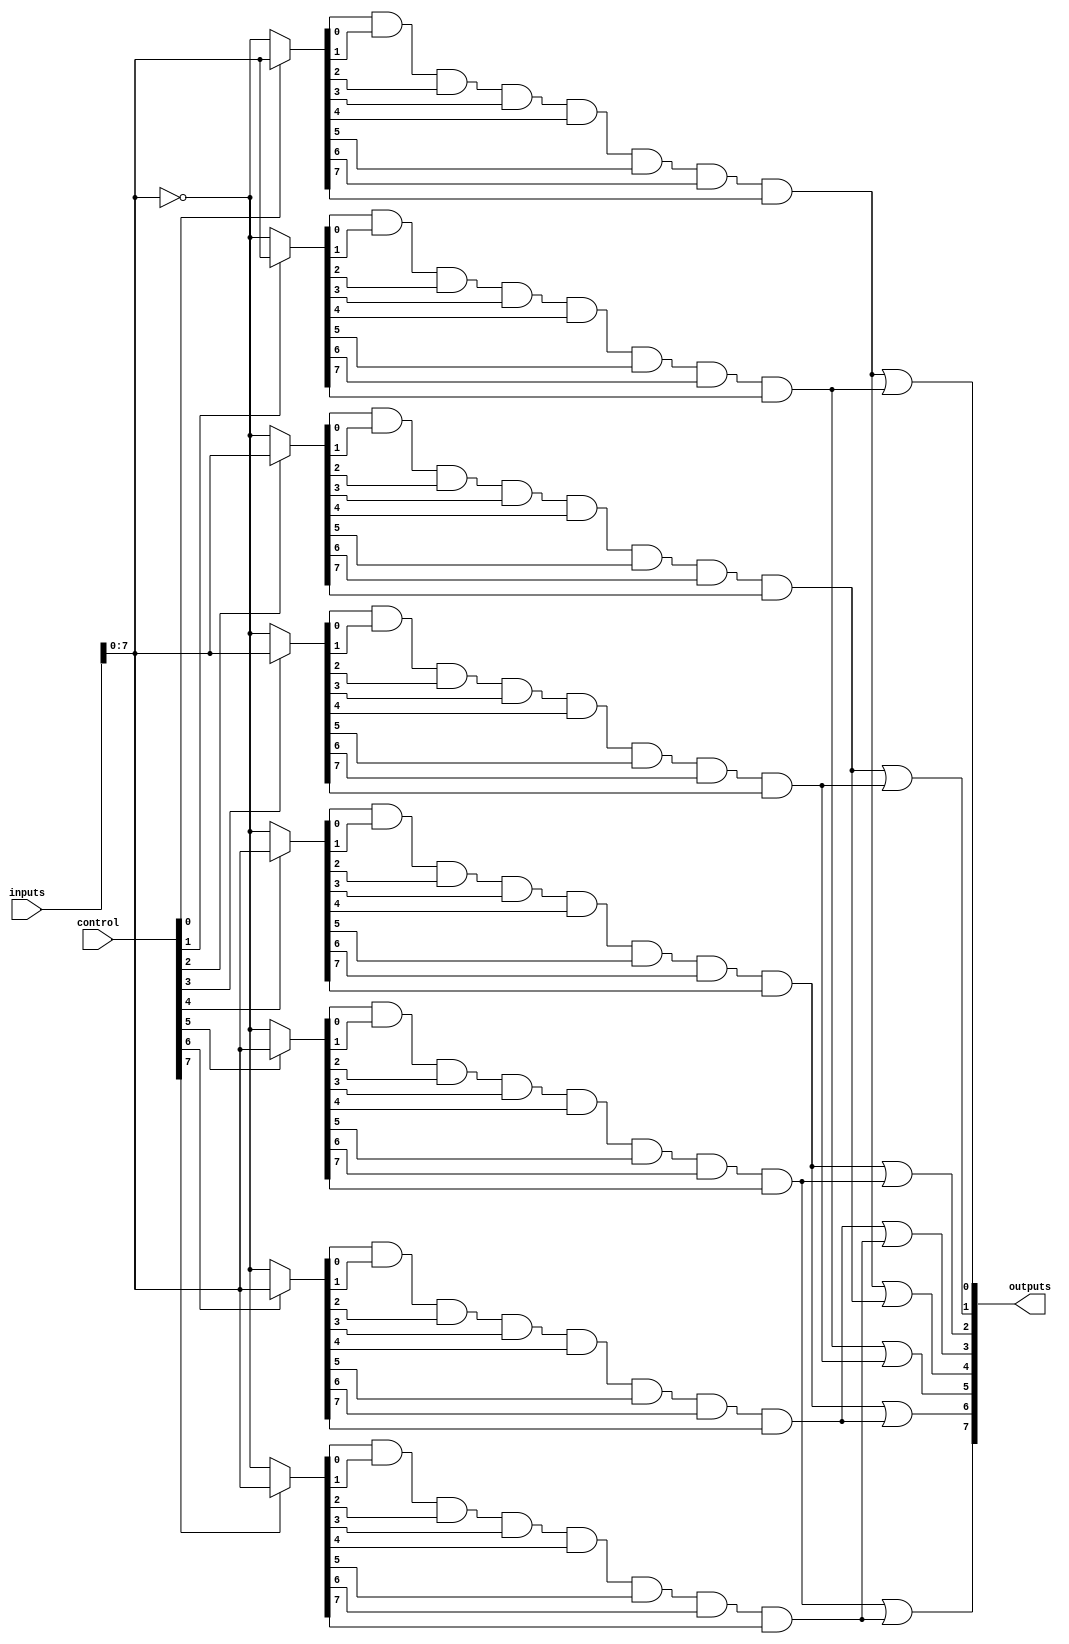
module HS_PAL (
    input wire [31:0] inputs,       // 32 input lines
    input wire [31:0] control,      // Control signals for programmability (for AND array)
    output wire [7:0] outputs       // 8 output lines
);

// Define the number of product terms in the AND array
parameter NUM_PRODUCT_TERMS = 8;

// Define the programmable AND array
wire [NUM_PRODUCT_TERMS-1:0] and_outputs;

// AND Gate Implementations (example of programmable logic)
genvar i;
generate
    for (i = 0; i < NUM_PRODUCT_TERMS; i = i + 1) begin: and_gates
        wire [31:0] and_input; // Inputs for each AND gate
        assign and_input = control[i] ? inputs : ~inputs; // Control whether to use input or inverted input

        // Create the product term by ANDing the inputs based on control signals
        assign and_outputs[i] = and_input[0] & and_input[1] & and_input[2] & and_input[3] & 
                                and_input[4] & and_input[5] & and_input[6] & and_input[7];
    end
endgenerate

// Fixed OR Array
assign outputs[0] = and_outputs[0] | and_outputs[1];
assign outputs[1] = and_outputs[2] | and_outputs[3];
assign outputs[2] = and_outputs[4] | and_outputs[5];
assign outputs[3] = and_outputs[6] | and_outputs[7];
assign outputs[4] = and_outputs[0] | and_outputs[2];
assign outputs[5] = and_outputs[1] | and_outputs[3];
assign outputs[6] = and_outputs[4] | and_outputs[6];
assign outputs[7] = and_outputs[5] | and_outputs[7];

endmodule